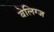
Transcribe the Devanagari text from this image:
बेलिग्ज